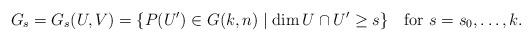
LaTeX: \begin{align*} G_s=G_s(U,V)=\{P(U')\in G(k,n) \mid \dim U \cap U' \geq s \} \ \ \mbox{ for } s=s_0, \dotsc, k.\end{align*}